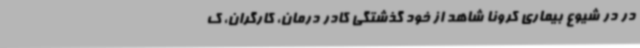
در در شیوع بیماری کرونا شاهد از خود گذشتگی کادر درمان، کارگران، ک